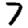
Digit: 7